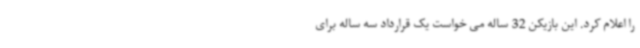
را اعلام کرد. این بازیکن 32 ساله می خواست یک قرارداد سه ساله برای